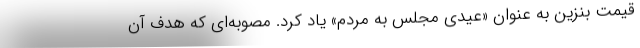
قیمت بنزین به عنوان «عیدی مجلس به مردم» یاد کرد. مصوبه‌ای که هدف آن